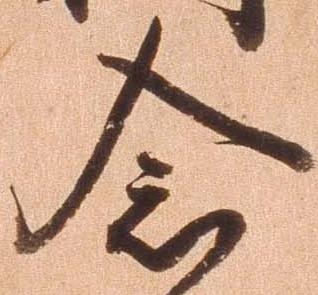
念